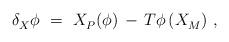
LaTeX: \begin{align*} \delta_X^{} \phi~=~X_P^{}(\phi) \, - \, T\phi \, (X_M^{})~,\end{align*}